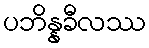
ပဘိန္နခီလဿ